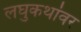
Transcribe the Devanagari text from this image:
लघुकथांवर